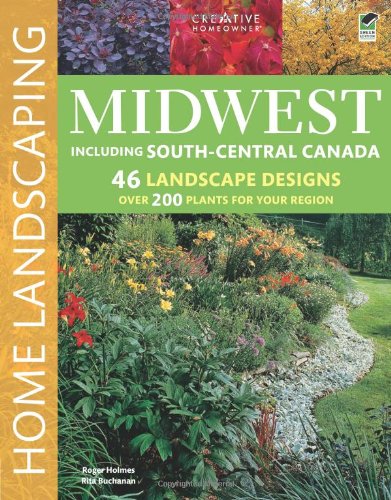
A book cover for Midwest Home Landscaping, 3rd edition; Roger Holmes Mr.; Crafts, Hobbies & Home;